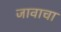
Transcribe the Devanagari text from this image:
जावाचा